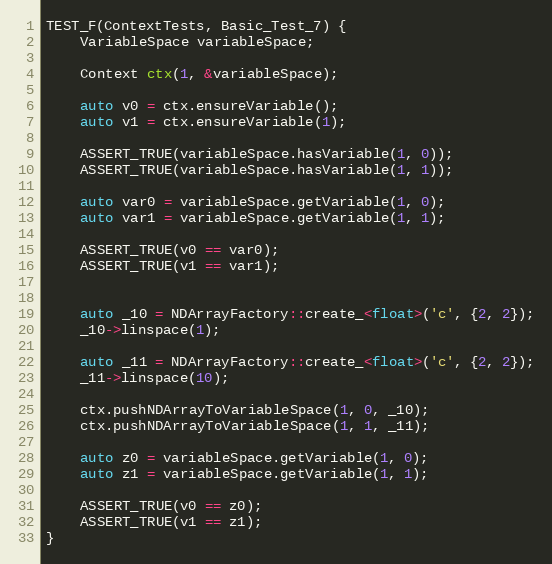
Language: C++
TEST_F(ContextTests, Basic_Test_7) {
    VariableSpace variableSpace;

    Context ctx(1, &variableSpace);

    auto v0 = ctx.ensureVariable();
    auto v1 = ctx.ensureVariable(1);

    ASSERT_TRUE(variableSpace.hasVariable(1, 0));
    ASSERT_TRUE(variableSpace.hasVariable(1, 1));

    auto var0 = variableSpace.getVariable(1, 0);
    auto var1 = variableSpace.getVariable(1, 1);

    ASSERT_TRUE(v0 == var0);
    ASSERT_TRUE(v1 == var1);

    auto _10 = NDArrayFactory::create_<float>('c', {2, 2});
    _10->linspace(1);

    auto _11 = NDArrayFactory::create_<float>('c', {2, 2});
    _11->linspace(10);

    ctx.pushNDArrayToVariableSpace(1, 0, _10);
    ctx.pushNDArrayToVariableSpace(1, 1, _11);

    auto z0 = variableSpace.getVariable(1, 0);
    auto z1 = variableSpace.getVariable(1, 1);

    ASSERT_TRUE(v0 == z0);
    ASSERT_TRUE(v1 == z1);
}